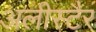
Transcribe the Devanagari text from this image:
अलीस्टैर